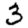
Digit: 3